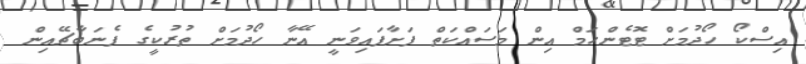
އިސްކޯ ހޯދުމަށް ޓޮޓެންހަމް އިން މަސައްކަތް ފަށާފައިވަނީ އޭނާ ހޯދުމަށް ތުރުކީގެ ފެނަބާޗޭއިން